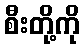
စီးတို့ကို